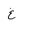
Letter: _gayn